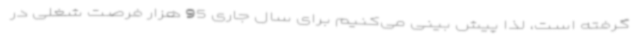
گرفته است، لذا پیش بینی می‌کنیم برای سال جاری 95 هزار فرصت شغلی در